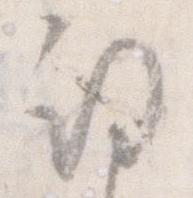
期